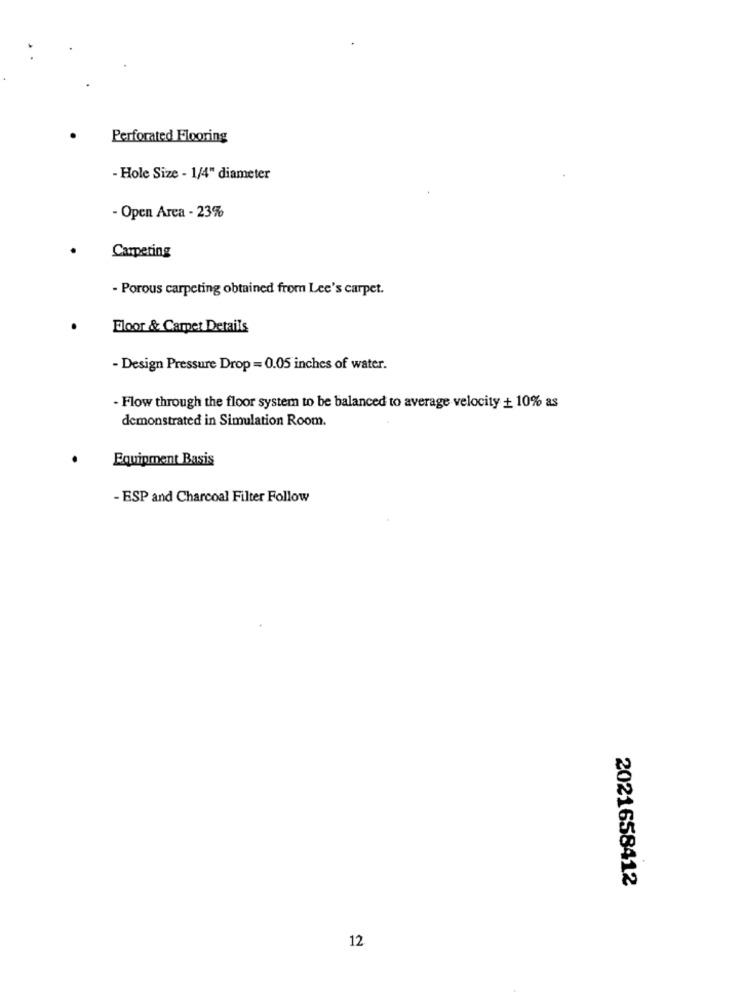
Perforated Flooring
- Hole Size - 1/4" diameter
- Open Area - 23%
Carpeting
- Porous carpeting obtained from Lee's carpet.
Floor & Camper Details
- Design Pressure Drop = 0.05 inches of water.
- Flow through the floor system to be balanced to average velocity + 10% as
demonstrated in Simulation Room.
Equipment Basis
- ESP and Charcoal Filter Follow
2021658412
12